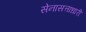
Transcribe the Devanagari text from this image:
सेनासत्ताधारी